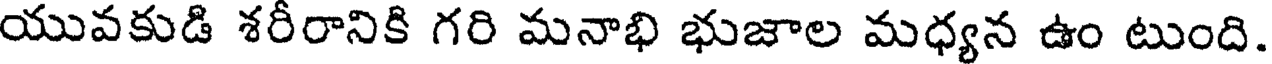
యువకుడి శరీరానికి గరి మనాభి భుజాల మధ్యన ఉం టుంది.